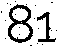
81